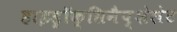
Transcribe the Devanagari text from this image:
हाइड्रॉक्सिनैप्शेलेट